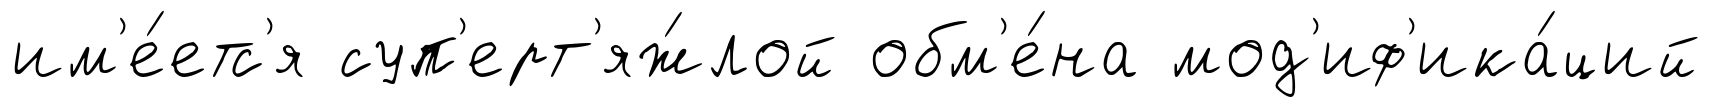
им'е́етс'я суп'ерт'яж́лой обм'е́на мод'иф'ика́ций